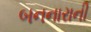
બનનારાની